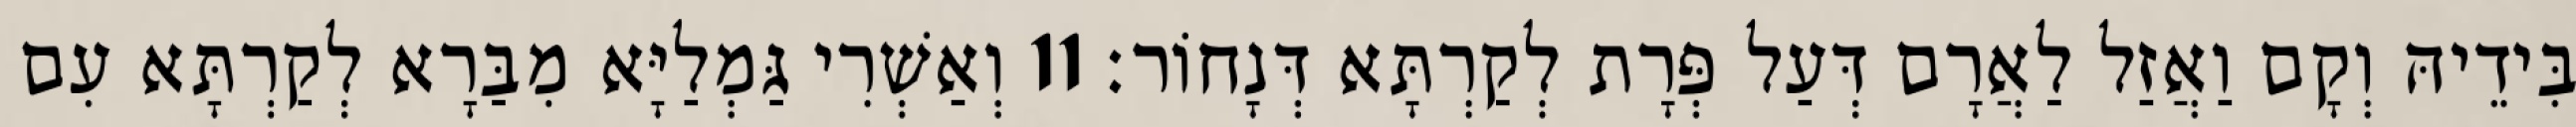
בִּידֵיהּ וְקָם וַאֲזַל לַאֲרָם דְּעַל פְּרָת לְקַרְתָּא דְּנָחוֹר׃ 11 וְאַשְׁרִי גַּמְלַיָּא מִבַּרָא לְקַרְתָּא עִם